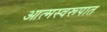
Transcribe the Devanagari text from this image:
आत्मस्वरूपात